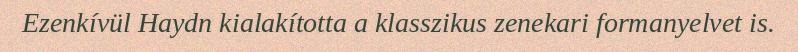
Ezenkívül Haydn kialakította a klasszikus zenekari formanyelvet is.